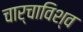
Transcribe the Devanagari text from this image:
चार्चाविश्व